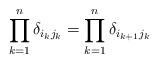
LaTeX: \begin{align*}\prod_{k=1}^n\delta_{i_kj_k}=\prod_{k=1}^n\delta_{i_{k+1}j_{k}}\end{align*}